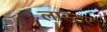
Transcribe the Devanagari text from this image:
लास्टर